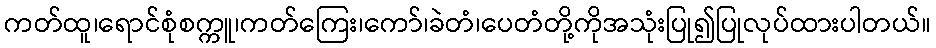
ကတ်ထူ၊ရောင်စုံစက္ကူ၊ကတ်ကြေး၊ကော်၊ခဲတံ၊ပေတံတို့ကိုအသုံးပြု၍ပြုလုပ်ထားပါတယ်။